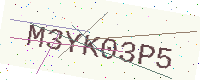
Text: M3YK03P5